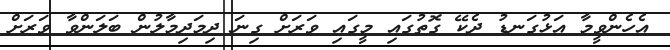
އެހެންވީމާ އަޅުގަނޑު ދެކޭ ގޮތުގައި މީގައި ވަރަށް ގިނަ ދިމަދިމާލުން ބަލަންވާ ވަރަށް